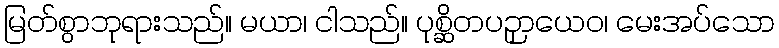
မြတ်စွာဘုရားသည်။ မယာ၊ ငါသည်။ ပုစ္ဆိတပဉှာယေဝ၊ မေးအပ်သော